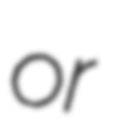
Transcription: or